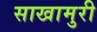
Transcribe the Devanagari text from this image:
साखामुरी